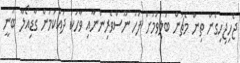
ޖެހިޖިހިގެން ތިން މެޗުން ބަލިވުމަށް ފަހު ނޫސްވެރިންނާއި ވާހަކަ ދައްކަމުން ގާޑިއޯލާ ބުނީ